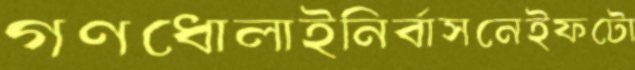
গণধোলাইনির্বাসনেইফটো